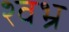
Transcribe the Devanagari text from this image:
श्वभ्र